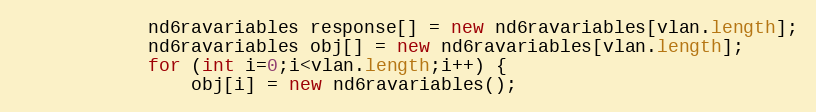
Language: Java
			nd6ravariables response[] = new nd6ravariables[vlan.length];
			nd6ravariables obj[] = new nd6ravariables[vlan.length];
			for (int i=0;i<vlan.length;i++) {
				obj[i] = new nd6ravariables();